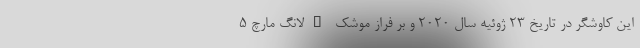
این کاوشگر در تاریخ 23 ژوئیه سال 2020 و بر فراز موشک "لانگ مارچ 5